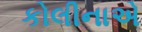
કોલીનાએ